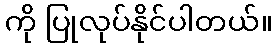
ကို ပြုလုပ်နိုင်ပါတယ်။